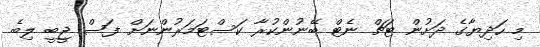
މި ހަދިޔާގެ ދަށުން ޓަޗް ނެޓް ބޭނުންކުރާ ކަސްޓަމަރުންނަށް ފަސް ޖީބީ ލިބެ